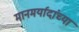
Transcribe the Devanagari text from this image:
मानमर्यादांच्या